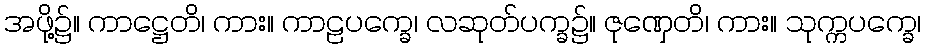
အဖို့၌။ ကာဋ္ဌေတိ၊ ကား။ ကာဠပက္ခေ၊ လဆုတ်ပက္ခ၌။ ဇုဏှေတိ၊ ကား။ သုက္ကပက္ခေ၊